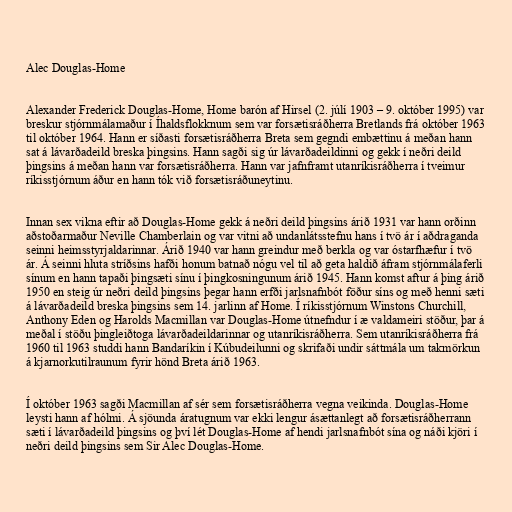
Alec Douglas-Home

Alexander Frederick Douglas-Home, Home barón af Hirsel (2. júlí 1903 – 9. október 1995) var
breskur stjórnmálamaður í Íhaldsflokknum sem var forsætisráðherra Bretlands frá október 1963
til október 1964. Hann er síðasti forsætisráðherra Breta sem gegndi embættinu á meðan hann
sat á lávarðadeild breska þingsins. Hann sagði sig úr lávarðadeildinni og gekk í neðri deild
þingsins á meðan hann var forsætisráðherra. Hann var jafnframt utanríkisráðherra í tveimur
ríkisstjórnum áður en hann tók við forsætisráðuneytinu.

Innan sex vikna eftir að Douglas-Home gekk á neðri deild þingsins árið 1931 var hann orðinn
aðstoðarmaður Neville Chamberlain og var vitni að undanlátsstefnu hans í tvö ár í aðdraganda
seinni heimsstyrjaldarinnar. Árið 1940 var hann greindur með berkla og var óstarfhæfur í tvö
ár. Á seinni hluta stríðsins hafði honum batnað nógu vel til að geta haldið áfram stjórnmálaferli
sínum en hann tapaði þingsæti sínu í þingkosningunum árið 1945. Hann komst aftur á þing árið
1950 en steig úr neðri deild þingsins þegar hann erfði jarlsnafnbót föður síns og með henni sæti
á lávarðadeild breska þingsins sem 14. jarlinn af Home. Í ríkisstjórnum Winstons Churchill,
Anthony Eden og Harolds Macmillan var Douglas-Home útnefndur í æ valdameiri stöður, þar á
meðal í stöðu þingleiðtoga lávarðadeildarinnar og utanríkisráðherra. Sem utanríkisráðherra frá
1960 til 1963 studdi hann Bandaríkin í Kúbudeilunni og skrifaði undir sáttmála um takmörkun
á kjarnorkutilraunum fyrir hönd Breta árið 1963.

Í október 1963 sagði Macmillan af sér sem forsætisráðherra vegna veikinda. Douglas-Home
leysti hann af hólmi. Á sjöunda áratugnum var ekki lengur ásættanlegt að forsætisráðherrann
sæti í lávarðadeild þingsins og því lét Douglas-Home af hendi jarlsnafnbót sína og náði kjöri í
neðri deild þingsins sem Sir Alec Douglas-Home.